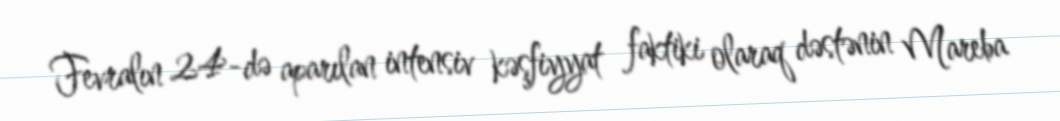
Fevralın 24-də aparılan intensiv kəşfiyyat faktiki olaraq dəstənin Mareba